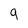
Character: q